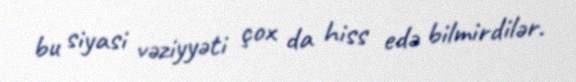
bu siyasi vəziyyəti çox da hiss edə bilmirdilər.